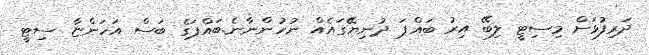
ދަރިފުޅަށް މިސިޓީ ލިބޭ އިރު ބައްޕަ ދުނިޔޭގައެއް ނުހުންނާނެ.ބައްޕަގެ ބަސް އަހަންޏާ ސިޓީ